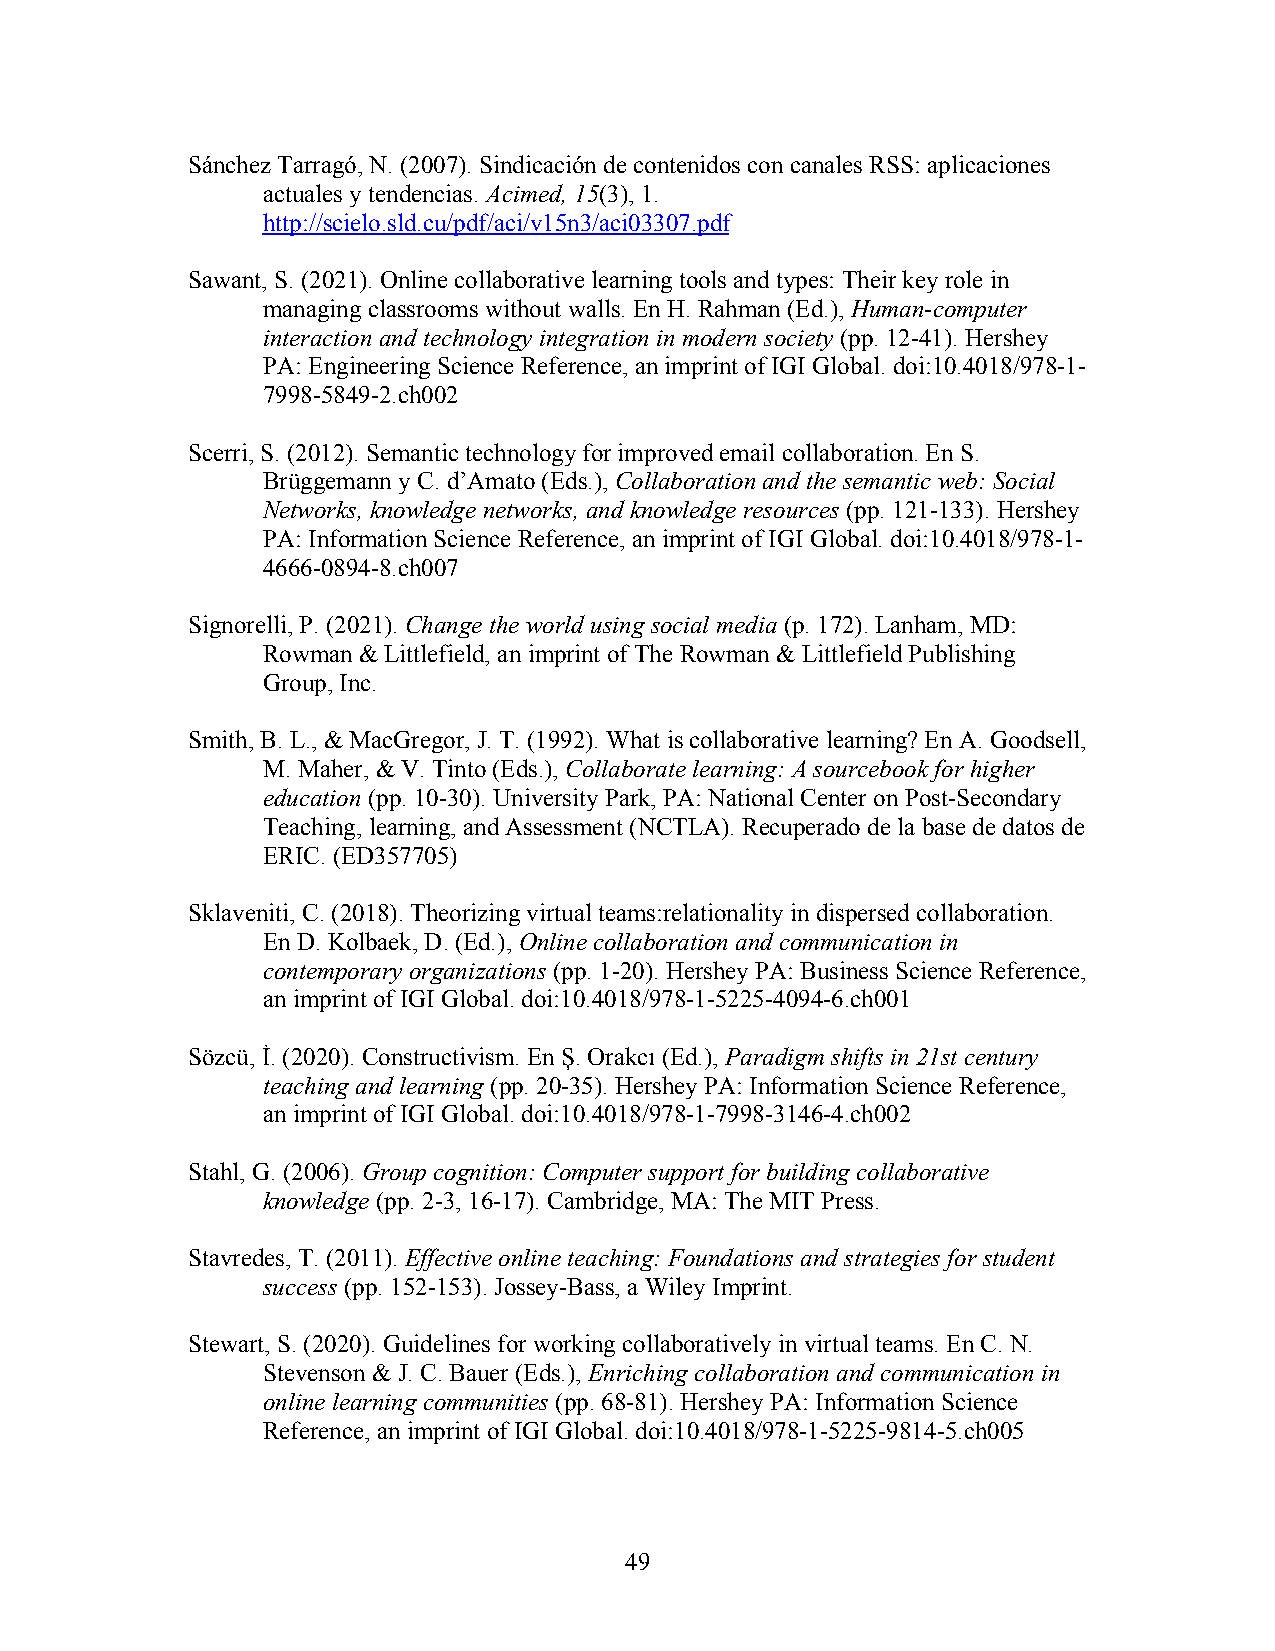
Sánchez Tarragó, N. (2007). Sindicación de contenidos con canales RSS: aplicaciones
 actuales y tendencias. Acimed, 15(3), 1.
 http://scielo.sld.cu/pdf/aci/v15n3/aci03307.pdf
 Sawant, S. (2021). Online collaborative learning tools and types: Their key role in
 managing classrooms without walls. En H. Rahman (Ed.), Human-computer
 interaction and technology integration in modern society (pp. 12-41). Hershey
 PA: Engineering Science Reference, an imprint of IGI Global. doi:10.4018/978-1-
 7998-5849-2.ch002
 Scerri, S. (2012). Semantic technology for improved email collaboration. En S.
 Brüggemann y C. d’Amato (Eds.), Collaboration and the semantic web: Social
 Networks, knowledge networks, and knowledge resources (pp. 121-133). Hershey
 PA: Information Science Reference, an imprint of IGI Global. doi:10.4018/978-1-
 4666-0894-8.ch007
 Signorelli, P. (2021). Change the world using social media (p. 172). Lanham, MD:
 Rowman & Littlefield, an imprint of The Rowman & Littlefield Publishing
 Group, Inc.
 Smith, B. L., & MacGregor, J. T. (1992). What is collaborative learning? En A. Goodsell,
 M. Maher, & V. Tinto (Eds.), Collaborate learning: A sourcebook for higher
 education (pp. 10-30). University Park, PA: National Center on Post-Secondary
 Teaching, learning, and Assessment (NCTLA). Recuperado de la base de datos de
 ERIC. (ED357705)
 Sklaveniti, C. (2018). Theorizing virtual teams:relationality in dispersed collaboration.
 En D. Kolbaek, D. (Ed.), Online collaboration and communication in
 contemporary organizations (pp. 1-20). Hershey PA: Business Science Reference,
 an imprint of IGI Global. doi:10.4018/978-1-5225-4094-6.ch001
 Sözcü, İ. (2020). Constructivism. En Ş. Orakcı (Ed.), Paradigm shifts in 21st century
 teaching and learning (pp. 20-35). Hershey PA: Information Science Reference,
 an imprint of IGI Global. doi:10.4018/978-1-7998-3146-4.ch002
 Stahl, G. (2006). Group cognition: Computer support for building collaborative
 knowledge (pp. 2-3, 16-17). Cambridge, MA: The MIT Press.
 Stavredes, T. (2011). Effective online teaching: Foundations and strategies for student
 success (pp. 152-153). Jossey-Bass, a Wiley Imprint.
 Stewart, S. (2020). Guidelines for working collaboratively in virtual teams. En C. N.
 Stevenson & J. C. Bauer (Eds.), Enriching collaboration and communication in
 online learning communities (pp. 68-81). Hershey PA: Information Science
 Reference, an imprint of IGI Global. doi:10.4018/978-1-5225-9814-5.ch005
 49